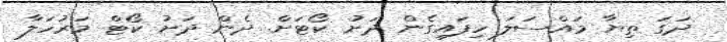
ދަގަ ތިޔާ މައްސަލަ ހިފައިގެން ދަށު ކޯޓަށް. ދެން ދަށު ކޯޓް މަރުހަލާ